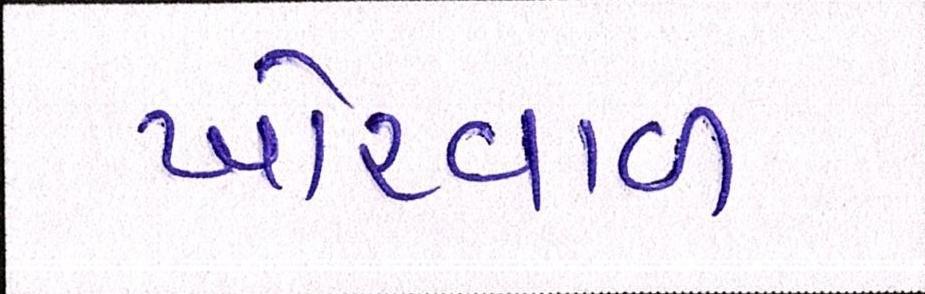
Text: ખોરવાળ